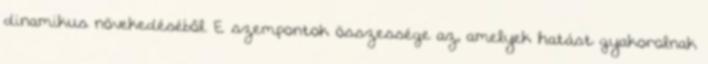
dinamikus növekedéséből. E szempontok összessége az, amelyek hatást gyakorolnak